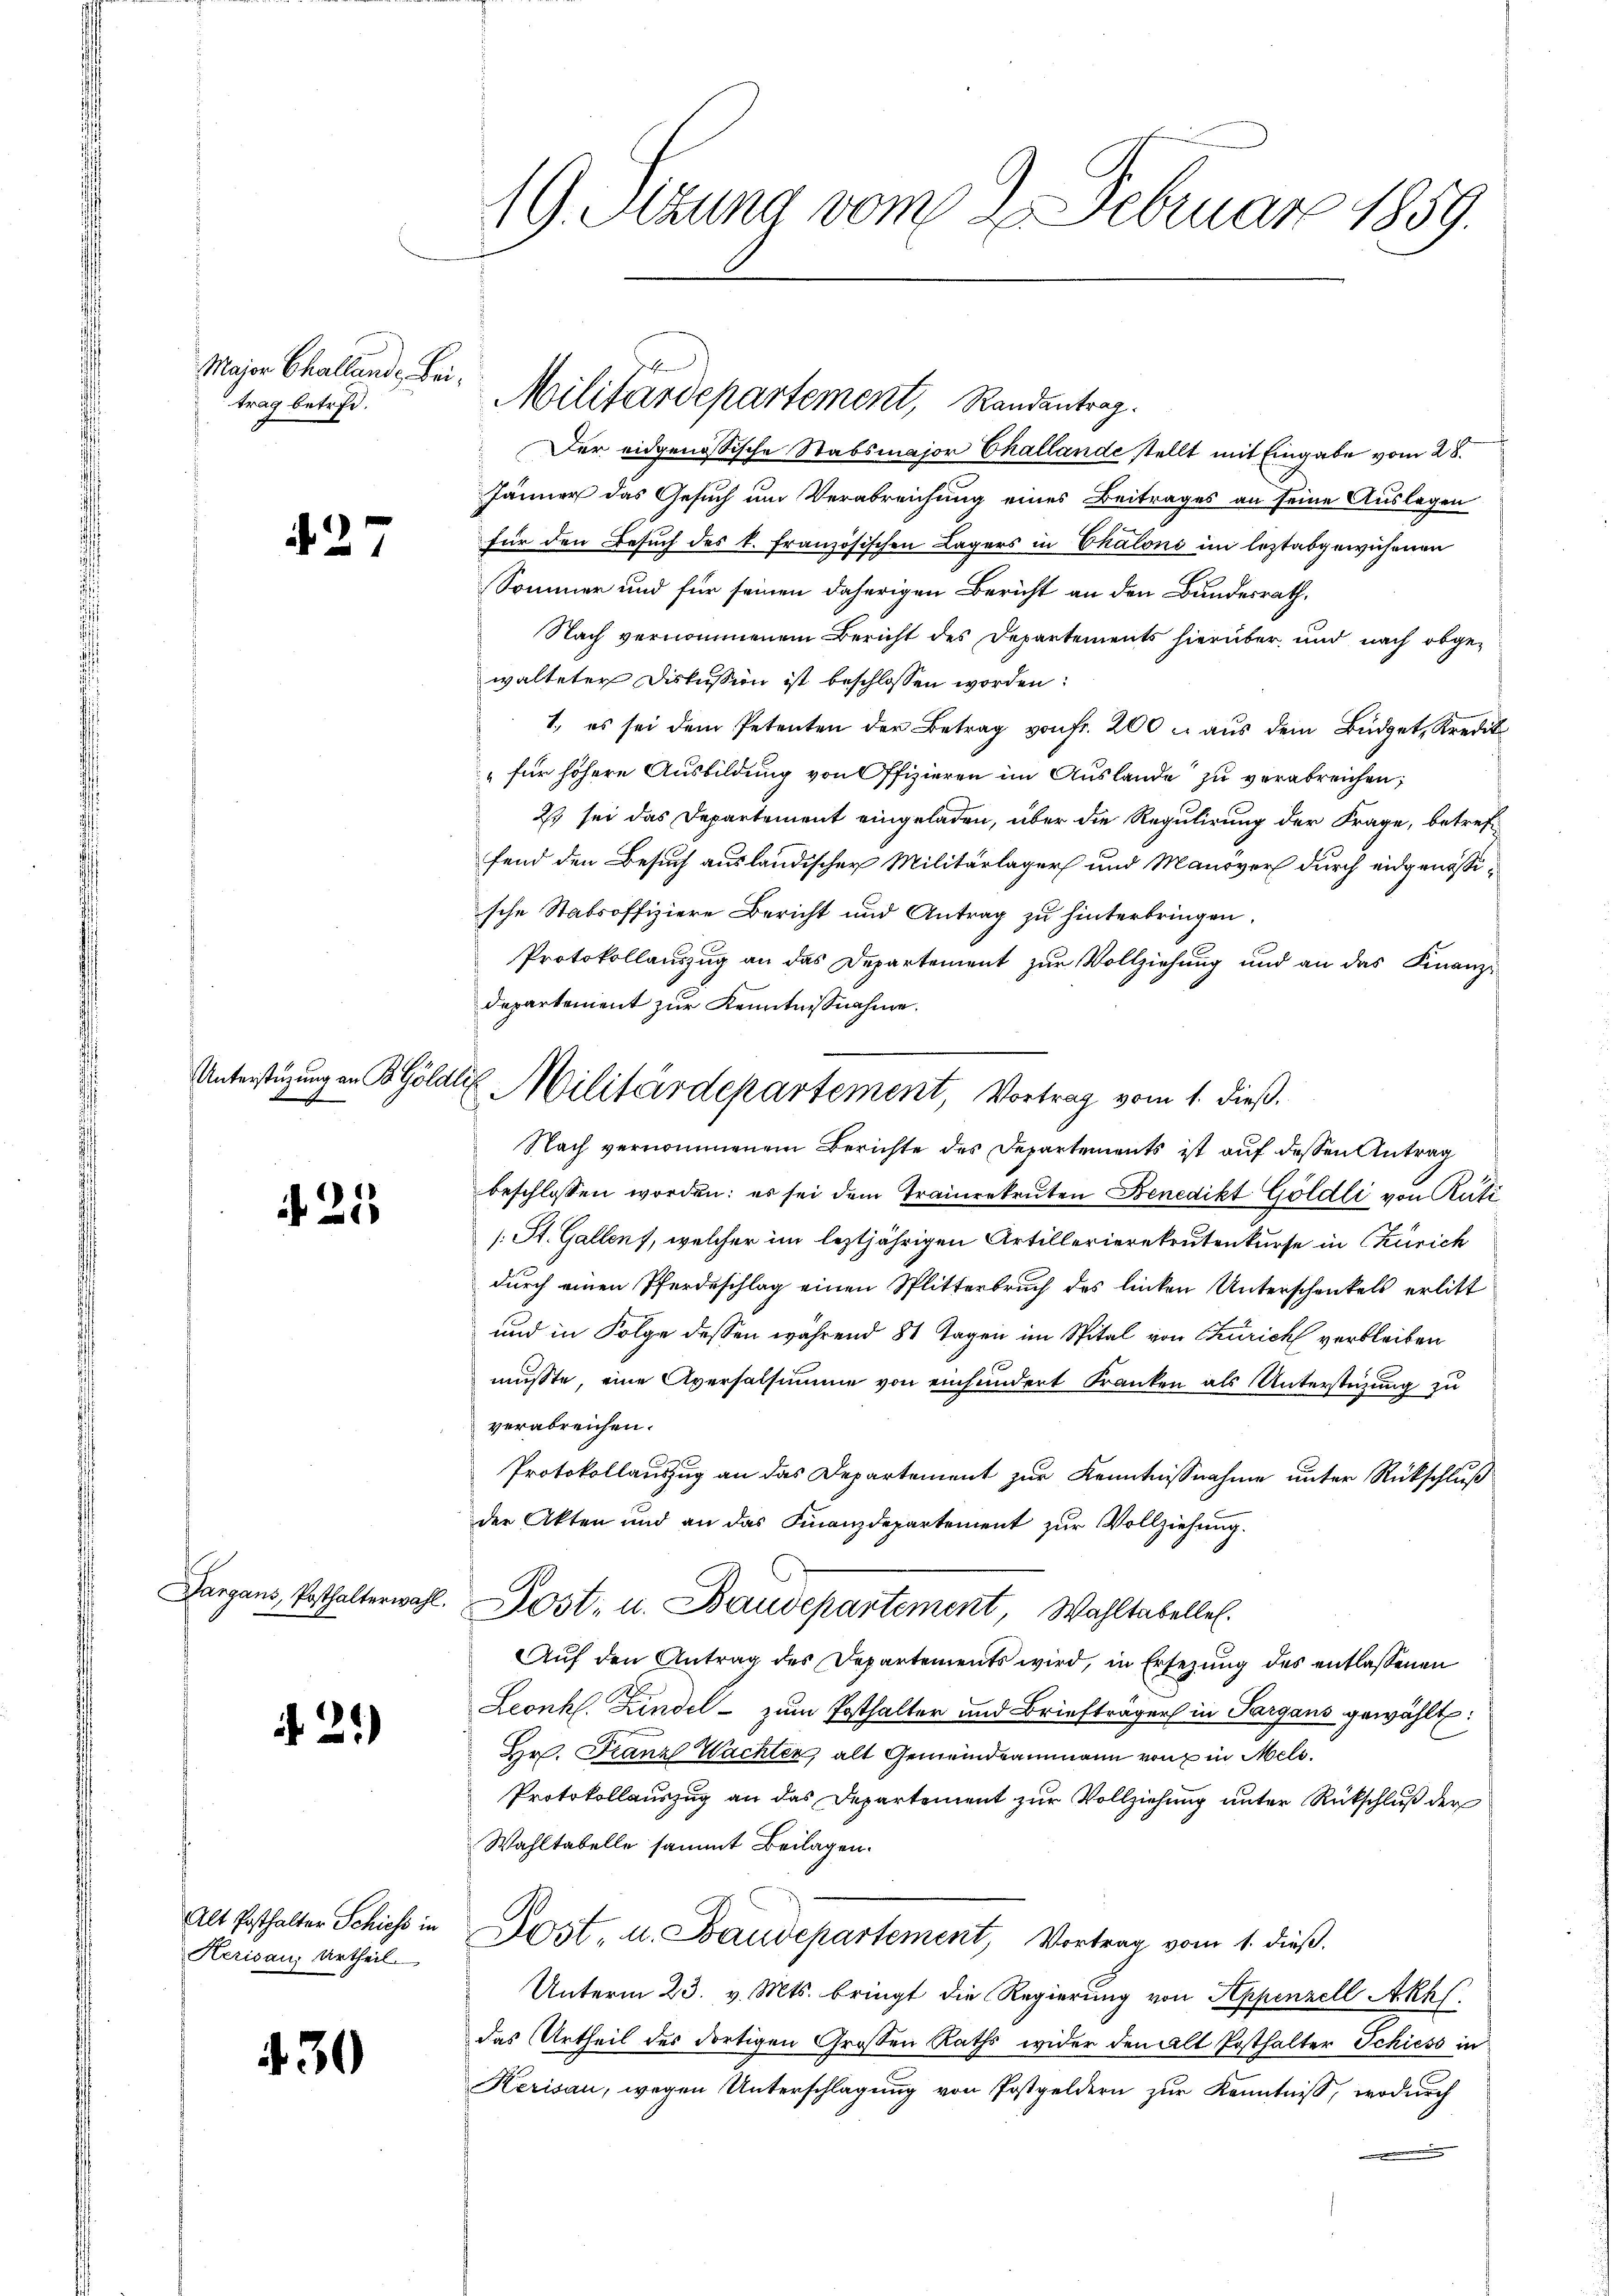
Major Challande Beitrag betrft.

27

Unterstüzung an B Göle

25

.21)

430

Alt Posthalter Schiess in
Herisaus Urtheil

19. Sitzung vom 2. Februar 1859.

Der eidgenössische Stabsmajor Challande stellt mit Eingabe vom 28.
Jänner das Gesuch um Verabreichung eines Beitrages an seine Auslegen
für den Besuch des k. Französischen Lagers in Chalons im leztabgewichenen
Sommer und für seinen daherigen Bericht an den Bundesrath,
Nach vernommenem Bericht des Departements hierüber und nach obgewalteter Diskussion ist beschlossen worden:
1., es sei dem Petenten der Betrag von fr. 200 aus dem Büdget, Kredit
„für höhere Ausbildung von Offizieren im Auslande zu verabreichen;
2) sei das Departement eingeladen, über die Regulirung der Frage, betreffend den Besuch ausländischer Militärlager und Manover durch eidgenössische Stabsoffiziere Bericht und Antrag zu hinterbringen.
Protokollauszug an das Departement zur Vollziehung und an das Finanz-
Nach vernommenem Berichte des Departements ist auf dessen Antrag
beschlossen worden: es sei dem Traunrekruten Benedikt Göldli von Rüti
/: St. Gallen, welcher im leztjährigen Artillerierekrutenkurse in Czürich
durch einen Pferdeschlag einen Splitterbruch des linken Unterschenkels erlitt
und in Folge dessen während 81 Tagen im Spital von Zürich verbleiben
mußte, eine Aversalsumme von einhundert Franken als Unterstigung zu
verabreichen.
Protokollauszug an das Departement zur Kenntnißnahme unter Rückschluß
der Akten und an das Finanzdepartement zur Vollziehung.
Dargaus, Posthalterwahl. Post- u. Baudepartement Wahltabelle.
Auf den Antrag des Departements wird, in Ersezung des entlassenen
Leonkl. Kindel - zum Posthalter und Briefträger in Sargaus gewählt:
Hr. Franz Wachter, alt Gemeindeammann von in Meld¬
Protokollauszug an das Departement zur Vollziehung unter Rückschluß der
Wahltabelle sammt Beilagen.
Dost, u. Baudepartement, Vortrag vom 1. dieß.
Unterm 23. v. Mts. bringt die Regierung von Appenzell Akh
das Urtheil des dortigen Großen Raths wider den alt Posthalter Schiess in
Kerisau, wegen Unterschlagung von Postgeldern zur Kenntniß, wodurch

Militärdepartement, Randentrag.

departement zur Kenntnißnahme.
a Militärdepartement, Vortrag vom 1. dieß.